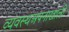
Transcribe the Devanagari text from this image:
व्यवस्थअपनाखाली